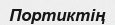
Портиктің